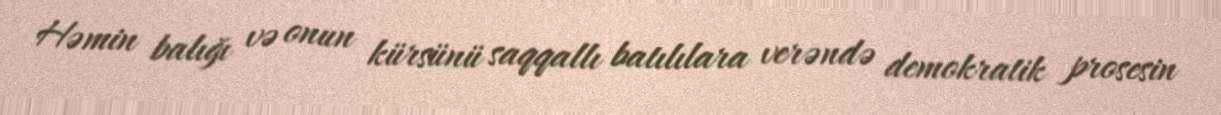
Həmin balığı və onun kürsünü saqqallı batılılara verəndə demokratik prosesin